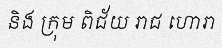
និង ក្រុម ពិជ័យ រាជ ហោរា